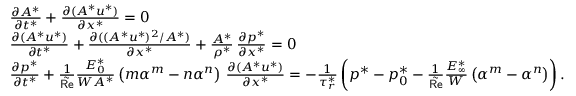
\begin{array} { r l } & { \frac { \partial A ^ { * } } { \partial t ^ { * } } + \frac { \partial ( A ^ { * } u ^ { * } ) } { \partial x ^ { * } } = 0 } \\ & { \frac { \partial ( A ^ { * } u ^ { * } ) } { \partial t ^ { * } } + \frac { \partial ( ( A ^ { * } u ^ { * } ) ^ { 2 } / A ^ { * } ) } { \partial x ^ { * } } + \frac { A ^ { * } } { \rho ^ { * } } \, \frac { \partial p ^ { * } } { \partial x ^ { * } } = 0 } \\ & { \frac { \partial p ^ { * } } { \partial t ^ { * } } + \frac 1 { \tilde { \mathsf { R e } } } \frac { E _ { 0 } ^ { * } } { W A ^ { * } } \left( m \alpha ^ { m } - n \alpha ^ { n } \right) \, \frac { \partial ( A ^ { * } u ^ { * } ) } { \partial x ^ { * } } = - \frac { 1 } { \tau _ { r } ^ { * } } \left( p ^ { * } - p _ { 0 } ^ { * } - \frac 1 { \tilde { \mathsf { R e } } } \frac { E _ { \infty } ^ { * } } { W } \left( \alpha ^ { m } - \alpha ^ { n } \right) \right) . } \end{array}